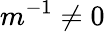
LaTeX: m^{-1}\ne 0